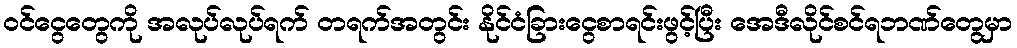
ဝင်ငွေတွေကို အလုပ်လုပ်ရက် တရက်အတွင်း နိုင်ငံခြားငွေစာရင်းဖွင့်ပြီး အေဒီလိုင်စင်ရဘဏ်တွေမှာ